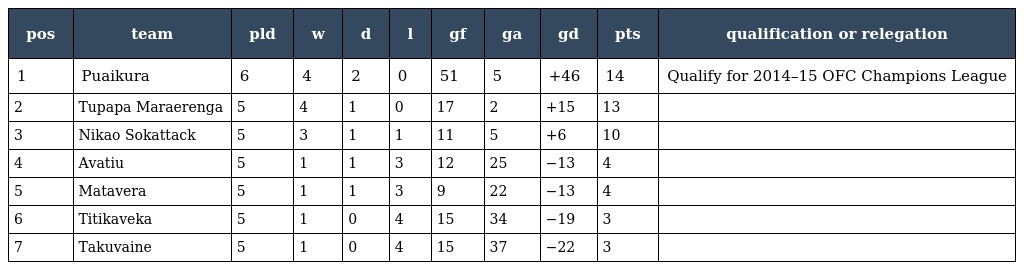
| pos | team | pld | w | d | l | gf | ga | gd | pts | qualification or relegation |
 | --- | --- | --- | --- | --- | --- | --- | --- | --- | --- | --- |
 | 1 | Puaikura | 6 | 4 | 2 | 0 | 51 | 5 | +46 | 14 | Qualify for 2014–15 OFC Champions League |
 | 2 | Tupapa Maraerenga | 5 | 4 | 1 | 0 | 17 | 2 | +15 | 13 |  |
 | 3 | Nikao Sokattack | 5 | 3 | 1 | 1 | 11 | 5 | +6 | 10 |  |
 | 4 | Avatiu | 5 | 1 | 1 | 3 | 12 | 25 | −13 | 4 |  |
 | 5 | Matavera | 5 | 1 | 1 | 3 | 9 | 22 | −13 | 4 |  |
 | 6 | Titikaveka | 5 | 1 | 0 | 4 | 15 | 34 | −19 | 3 |  |
 | 7 | Takuvaine | 5 | 1 | 0 | 4 | 15 | 37 | −22 | 3 |  |